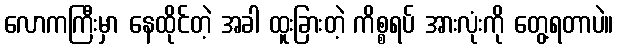
လောကကြီးမှာ နေထိုင်တဲ့ အခါ ထူးခြားတဲ့ ကိစ္စရပ် အားလုံးကို တွေ့ရတာပဲ။